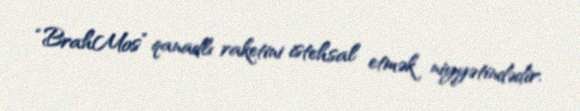
“BrahMos” qanadlı raketini istehsal etmək niyyətindədir.